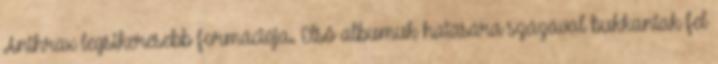
Anthrax legsikeresebb formációja. Első albumuk hatására százával bukkantak fel